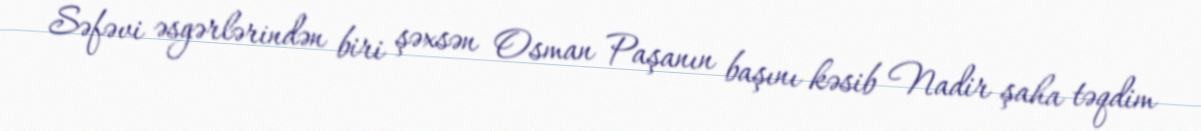
Səfəvi əsgərlərindən biri şəxsən Osman Paşanın başını kəsib Nadir şaha təqdim